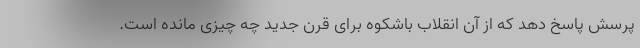
پرسش پاسخ دهد که از آن انقلاب باشکوه برای قرن جدید چه چیزی مانده است.